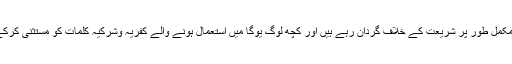
بعض حضرات اسے مکمل طور پر شریعت کے خلاف گردان رہے ہیں اور کچھ لوگ یوگا میں استعمال ہونے والے کفریہ وشرکیہ کلمات کو مستثنیٰ کرکے جواز کے قائل ہیں۔